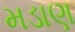
મડાણ